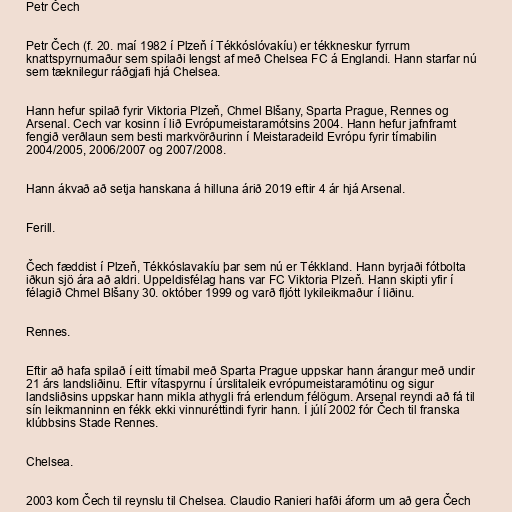
Petr Čech

Petr Čech (f. 20. maí 1982 í Plzeň í Tékkóslóvakíu) er tékkneskur fyrrum
knattspyrnumaður sem spilaði lengst af með Chelsea FC á Englandi. Hann starfar nú
sem tæknilegur ráðgjafi hjá Chelsea.

Hann hefur spilað fyrir Viktoria Plzeň, Chmel Blšany, Sparta Prague, Rennes og
Arsenal. Cech var kosinn í lið Evrópumeistaramótsins 2004. Hann hefur jafnframt
fengið verðlaun sem besti markvörðurinn í Meistaradeild Evrópu fyrir tímabilin
2004/2005, 2006/2007 og 2007/2008.

Hann ákvað að setja hanskana á hilluna árið 2019 eftir 4 ár hjá Arsenal.

Ferill.

Čech fæddist í Plzeň, Tékkóslavakíu þar sem nú er Tékkland. Hann byrjaði fótbolta
iðkun sjö ára að aldri. Uppeldisfélag hans var FC Viktoria Plzeň. Hann skipti yfir í
félagið Chmel Blšany 30. október 1999 og varð fljótt lykileikmaður í liðinu.

Rennes.

Eftir að hafa spilað í eitt tímabil með Sparta Prague uppskar hann árangur með undir
21 árs landsliðinu. Eftir vítaspyrnu í úrslitaleik evrópumeistaramótinu og sigur
landsliðsins uppskar hann mikla athygli frá erlendum félögum. Arsenal reyndi að fá til
sín leikmanninn en fékk ekki vinnuréttindi fyrir hann. Í júlí 2002 fór Čech til franska
klúbbsins Stade Rennes.

Chelsea.

2003 kom Čech til reynslu til Chelsea. Claudio Ranieri hafði áform um að gera Čech